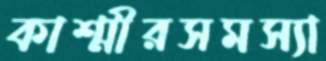
কাশ্মীরসমস্যা